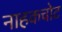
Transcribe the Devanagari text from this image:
नाहकचोट